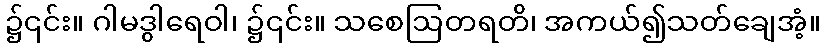
၌၎င်း။ ဂါမဒွါရေဝါ၊ ၌၎င်း။ သစေဩတရတိ၊ အကယ်၍သတ်ချေအံ့။